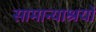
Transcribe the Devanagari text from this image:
सामान्याश्रयों